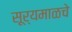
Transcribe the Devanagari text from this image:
सूर्यमाळचे